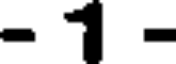
- 1 -